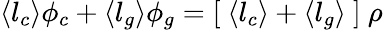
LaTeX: \langle l_{c}\rangle\phi_{c}+\langle l_{g}\rangle\phi_{g}=\left[~\langle l_{c}\rangle+\langle l_{g}\rangle~\right]~\rho